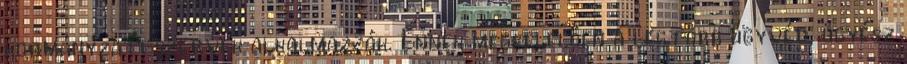
kormányzati szervek alkalmazzák. Ennek megfelelően a legtöbb ügyvéd, ügyész